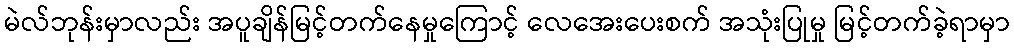
မဲလ်ဘုန်းမှာလည်း အပူချိန်မြင့်တက်နေမှုကြောင့် လေအေးပေးစက် အသုံးပြုမှု မြင့်တက်ခဲ့ရာမှာ